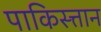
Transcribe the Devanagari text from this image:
पाकिस्त्तान